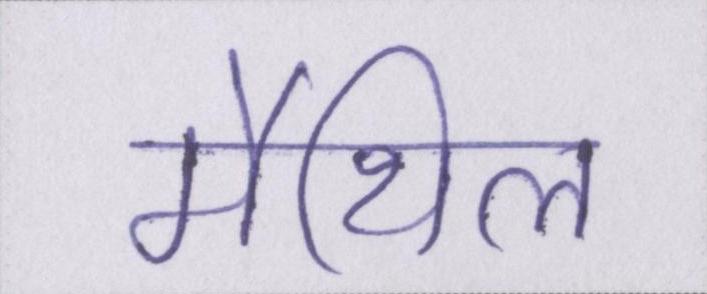
मैथिल